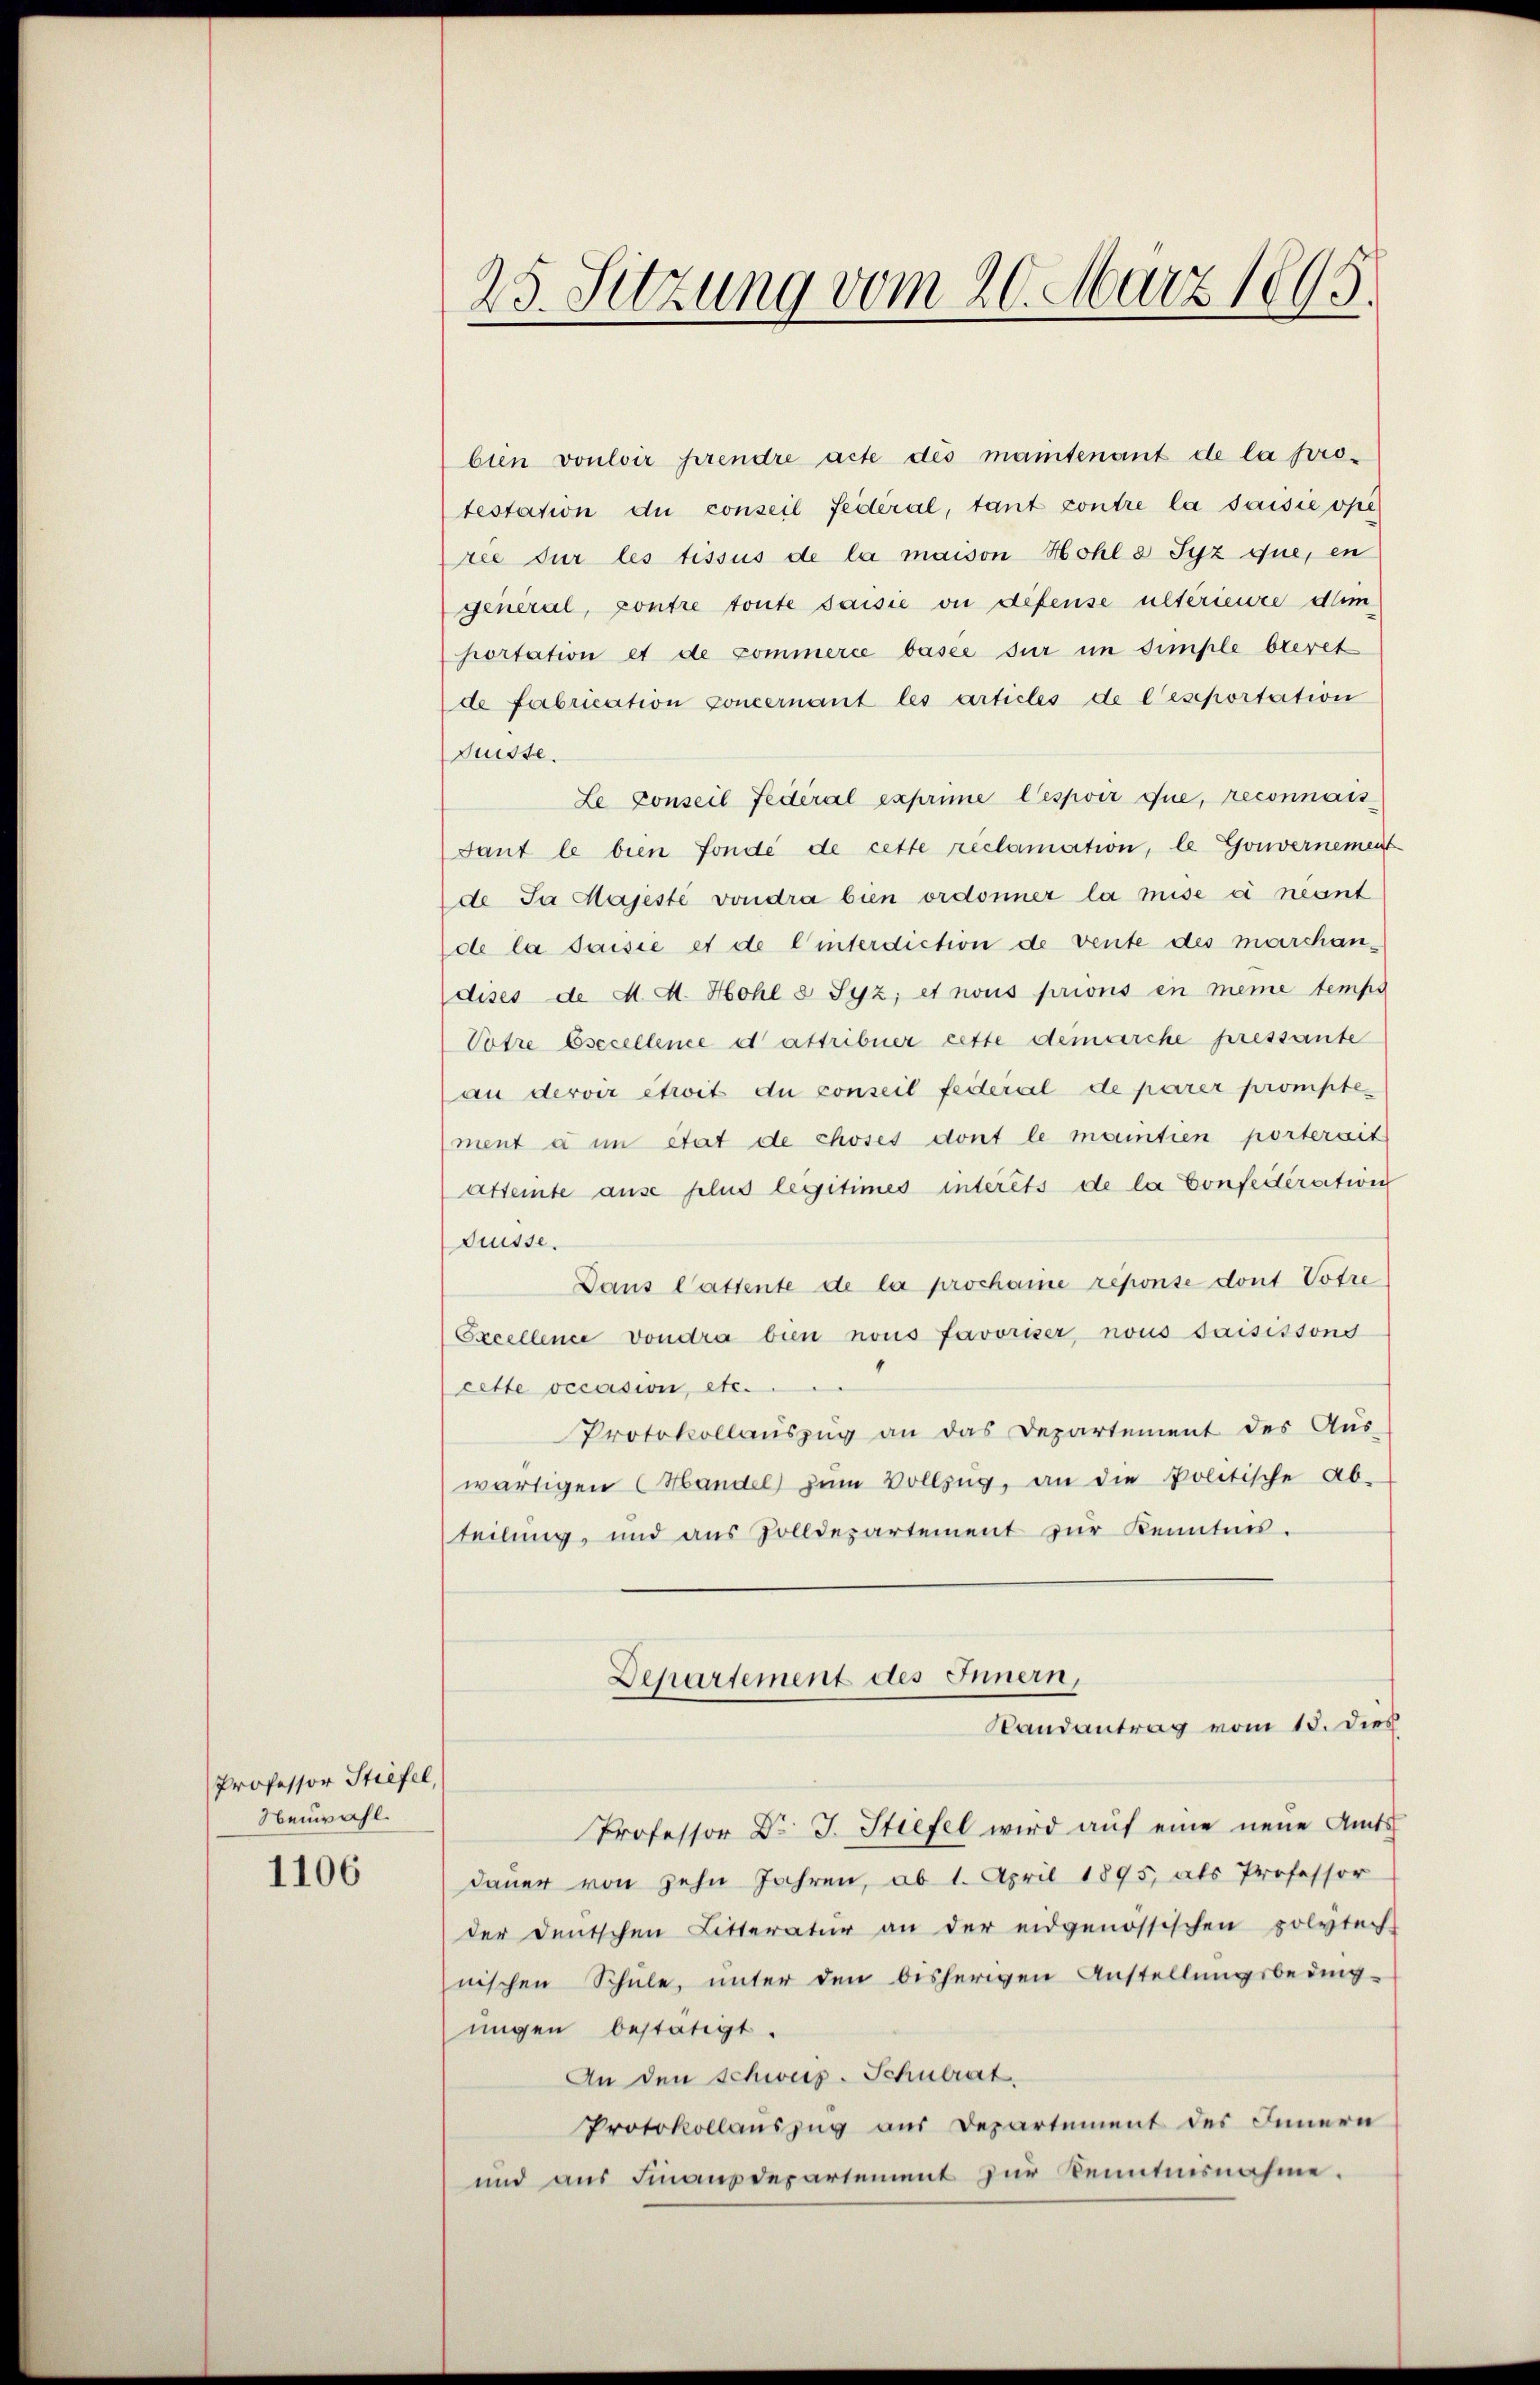
Professor Stiefel,
Neuwahl.
1106

bien vouloir prendre acte des maintenant de la protestation du conseil fédéral, tant contre la saisie opé
ree für les tissus de la maison Hohl 8 Syz que, en
general, contre toute saisie ou defense ultérieure dum
portation et de commerce basee sur im simple beret
de Fabrication concernant les articles de leseportation
Suisse.
Le conseil Federal exprime Cespoir que, reconnais
Sant le bien fondé de cette reclamation, le Gouvernement
de Ja Majeste voudra bin ordonner la mise à neant
de la saisie et de Winterdiction de vente des marchandises de d. A. Hohl u Syz; et nous prions en meine temps
Votre Osccellence et attribuer cette demarche pressante
an dervir etwit du conseil federal de parer prompte
ment à un état de choses dont le maintien porterseit
attente ause plus legitimes intérêts de la Confederation
drüsse.
Dans Cattente de la prochanie reponse dont Potre
Excellence voudra bin nous favoriser nous saisissond
cette occasion, etc.
Protokollauszug an das Departement des Aus-
wärtigen (Mandel zum Vollzug, an die Politische Ab-
teilung, und aus Zolldepartement zŭr Kenntnis.
Departement des Innern,
Randantrag vom 15. Dies
Professor Dr. J. Stiefel wird auf eine neue Amts
dauer von zehn Jahren, ab 1. April 1895, als Professor
der Deutschen Litteratur an der eidgenössischen polytech-
nischen Schule, unter den bisherigen Anstellungsbeding-
ungen bestätigt.
An den Schweis-Schulrat.
Protokollauszug aus Departement des Innern
und aus Finanzdepartement zur Kenntnisnahme.

25. Sitzung vom 20. März 1895.